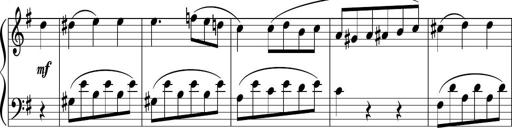
Title: 3 Sonatinen
Composer: Heinrich Lichner